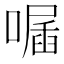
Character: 𠽣